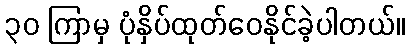
၃၀ ကြာမှ ပုံနှိပ်ထုတ်ဝေနိုင်ခဲ့ပါတယ်။